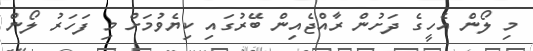
މި ލޯން އެހީގެ ދަށުން ރާއްޖެއިން ބޭރުގައި ކިޔެވުމަށް މި ފަހަރު ލޯން